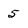
Character: 5